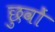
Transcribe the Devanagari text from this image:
छुवों